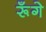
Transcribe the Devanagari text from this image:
रूँगे